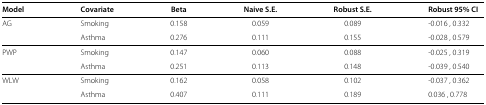
| Model | Covariate | Beta | Naive S.E. | Robust S.E. | <COLSPAN=2> Robust 95% CI |
 | --- | --- | --- | --- | --- | --- | --- |
 | AG | Smoking | 0.158 | 0.059 | 0.089 | <COLSPAN=2> -0.016, 0.332 |
 |  | Asthma | 0.276 | 0.111 | 0.155 | <COLSPAN=2> -0.028, 0.579 |
 | PWP | Smoking | 0.147 | 0.060 | 0.088 | <COLSPAN=2> -0.025, 0.319 |
 |  | Asthma | 0.251 | 0.113 | 0.148 | <COLSPAN=2> -0.039, 0.540 |
 | WLW | Smoking | 0.162 | 0.058 | 0.102 | <COLSPAN=2> -0.037, 0.362 |
 |  | Asthma | 0.407 | 0.111 | 0.189 | <COLSPAN=2> 0.036, 0.778 |